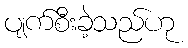
ပျက်စီးခဲ့သည်ဟု